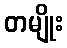
တမျိုး